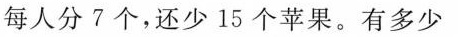
每人分7个，还少15个苹果。有多少